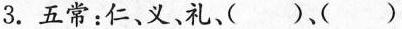
3.五常：仁、义。礼、()、()